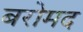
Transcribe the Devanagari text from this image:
बरोमद